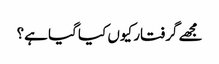
مجھے گرفتار کیوں کیا گیا ہے؟